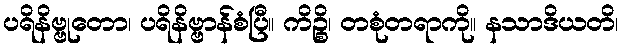
ပရိနိဗ္ဗုတော၊ ပရိနိဗ္ဗာန်စံပြီ။ ကိဉ္စိ၊ တစုံတရာကို။ နသာဒိယတိ၊